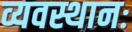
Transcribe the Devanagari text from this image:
व्यवस्थानः